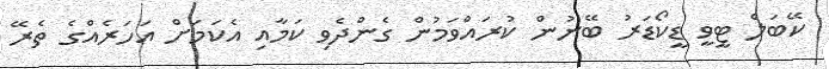
ކޭބަލް ޓީވީ ޑީކޯޑަރު ބޭނުން ކުރައްވަމުން ގެންދެވި ކަމާއި އެކަމަށް އަހަރެއްގެ ތެރޭ